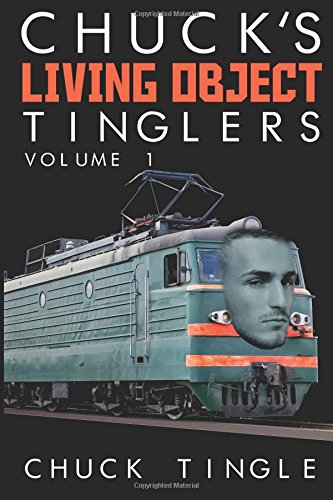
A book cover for Chuck's Living Object Tinglers: Volume 1; Dr. Chuck Tingle; Romance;